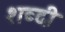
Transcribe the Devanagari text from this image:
शब्दी